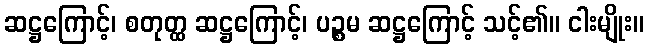
ဆဋ္ဌကြောင့်၊ စတုတ္ထ ဆဋ္ဌကြောင့်၊ ပဉ္စမ ဆဋ္ဌကြောင့် သင့်၏။ ငါးမျိုး။